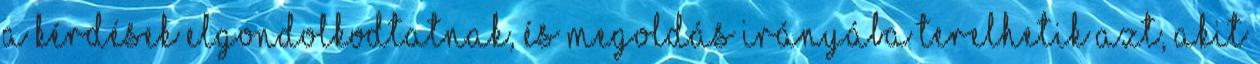
a kérdések elgondolkodtatnak, és megoldás irányába terelhetik azt, akit